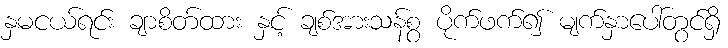
နှမငယ်ရင်း ချာစိတ်ထား နှင့် ချစ်အားသန်စွ ပိုက်ဖက်၍ မျက်နှာပေါ်တွင်ရှိ